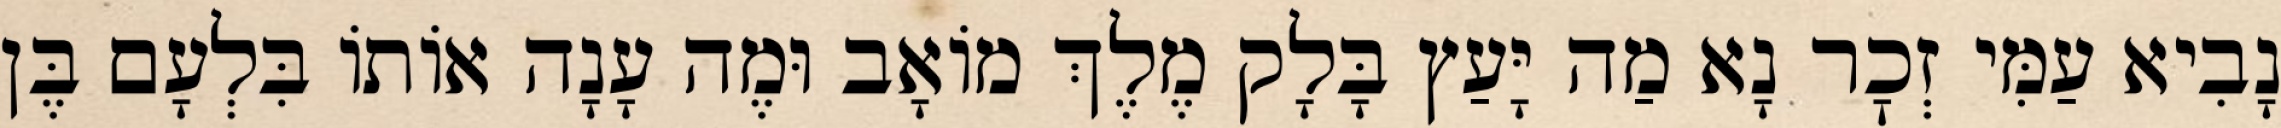
נָבִיא עַמִּי זְכׇר נָא מַה יָּעַץ בָּלָק מֶלֶךְ מוֹאָב וּמֶה עָנָה אוֹתוֹ בִּלְעָם בֶּן